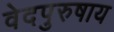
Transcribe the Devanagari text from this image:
वेदपुरुषाय